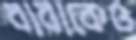
বাবাকেও